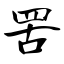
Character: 罟